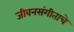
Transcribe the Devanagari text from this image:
जीवनसंगीताचे